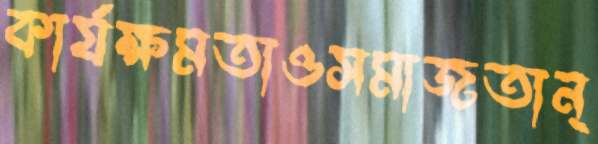
কার্যক্ষমতাওসমাজতান্